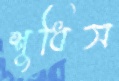
শুধিস